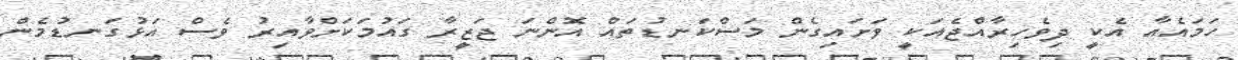
ހަމައެއާ އެކީ ދިވެހިރާއްޖެއަކީ ވަށައިގެން މަސްކަނޑުތައް އޮންނަ ޖަޒީރާ ގައުމަކަށްވާއިރު ވެސް އަޅުގަނޑުމެން